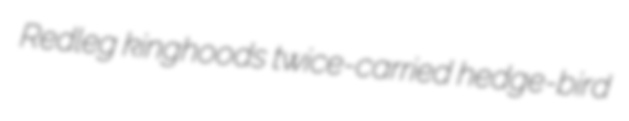
Redleg kinghoods twice-carried hedge-bird